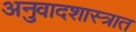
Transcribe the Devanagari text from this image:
अनुवादशास्त्रात